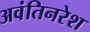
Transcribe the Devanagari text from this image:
अवंतिनरेश